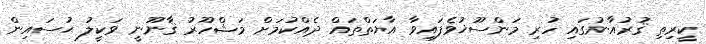
ކީރިތި ޤުރުއާނުގައި ހުރި މަންސޫޚުވެފައިވާ އާޔަތްތައް ދެއްކުމަށް މަޝްހޫރު ޤާނޫނީ ވަކީލު ޙުސައިން